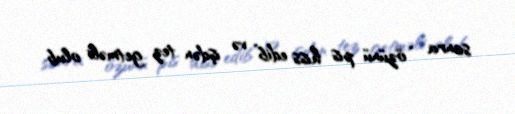
sonra “özünü pis hiss edib” və işdən tez getməli olub.